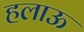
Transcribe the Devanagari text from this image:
हलाऊ